Vaccination in Burma 1889-1999 - 1889-1999
Year: 1889
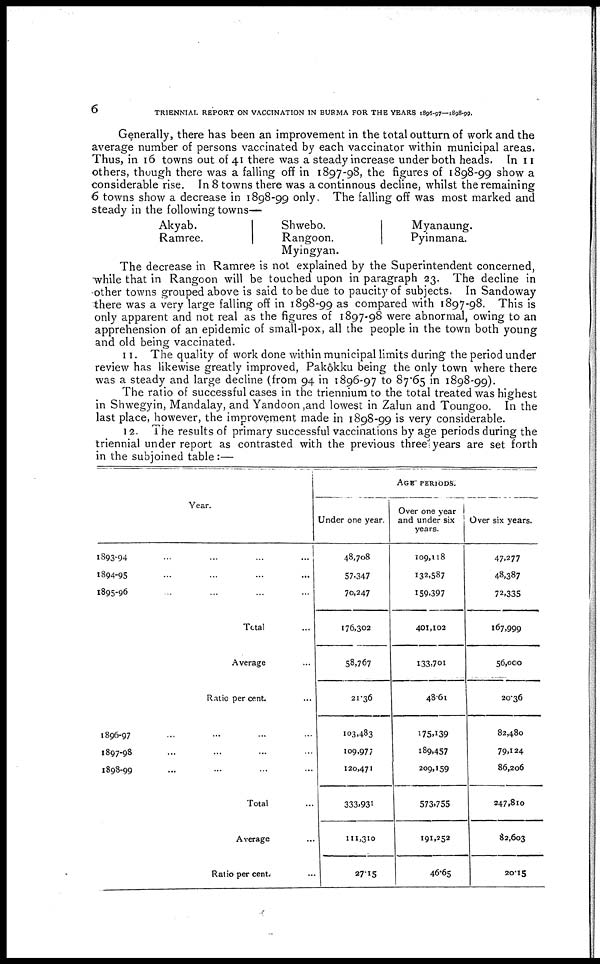
6
TRIENNIAL REPORT ON VACCINATION IN BURMA FOR THE YEARS 1896-97—1898-99.
Generally, there has been an improvement in the total outturn of work and the
average number of persons vaccinated by each vaccinator within municipal areas.
Thus, in 16 towns out of 41 there was a steady increase under both heads. In 11
others, though there was a falling off in 1897-98, the figures of 1898-99 show a
considerable rise. In 8 towns there was a continnous decline, whilst the remaining
6 towns show a decrease in 1898-99 only. The falling off was most marked and
steady in the following towns—
Akyab.
Ramree.
Shwebo.
Rangoon.
Myingyan.
Myanaung.
Pyinmana.
The decrease in Ramree is not explained by the Superintendent concerned,
while that in Rangoon will be touched upon in paragraph 23. The decline in
other towns grouped above is said to be due to paucity of subjects. In Sandoway
there was a very large falling off in 1898-99 as compared with 1897-98. This is
only apparent and not real as the figures of 1897-98 were abnormal, owing to an
apprehension of an epidemic of small-pox, all the people in the town both young
and old being vaccinated.
11. The quality of work done within municipal limits during the period under
review has likewise greatly improved, Pakôkku being the only town where there
was a steady and large decline (from 94 in 1896-97 to 87.65 in 1898-99).
The ratio of successful cases in the triennium to the total treated was highest
in Shwegyin, Mandalay, and Yandoon ,and lowest in Zalun and Toungoo. In the
last place, however, the improvement made in 1898-99 is very considerable.
12. The results of primary successful vaccinations by age periods during the
triennial under report as contrasted with the previous three years are set forth
in the subjoined table:—
Year.
1893-94 ... ... ... ...
1894-95 ... ... ... ...
1895-96 ... ... ... ...
Total ...
Average ...
Ratio per cent. ...
1896-97 ... ... ... ...
1897-98 ... ... ... ...
1898-99 ... ... ... ...
Total ...
Average ...
Ratio per cent. ...
AGE PERIODS.
Under one year.
48,708
57,347
70,247
176,302
58,767
21.36
103,483
109,977
120,471
333,931
111,310
27.15
Over one year
and under six
years.
109,118
132,587
159,397
401,102
133,701
48.61
175,139
189,457
209,159
573,755
191,252
46.65
Over six years.
47,277
48,387
72,335
167,999
56,000
20.36
82,480
79,124
86,206
247,810
82,603
20.15